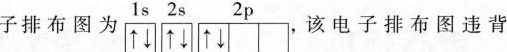
子排布图为1s 2s 2p,该电子排布图违背